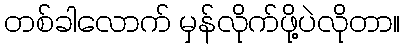
တစ်ခါလောက် မှန်လိုက်ဖို့ပဲလိုတာ။